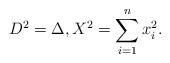
LaTeX: \begin{align*}D^2=\Delta,X^2=\sum_{i=1}^{n}x_i^2.\end{align*}